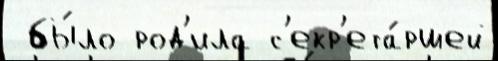
 бы́ло род'ила с'екр'ета́ршей